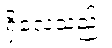
ရှိလေသည်။